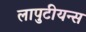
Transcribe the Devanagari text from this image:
लापुटीयन्स